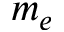
m _ { e }